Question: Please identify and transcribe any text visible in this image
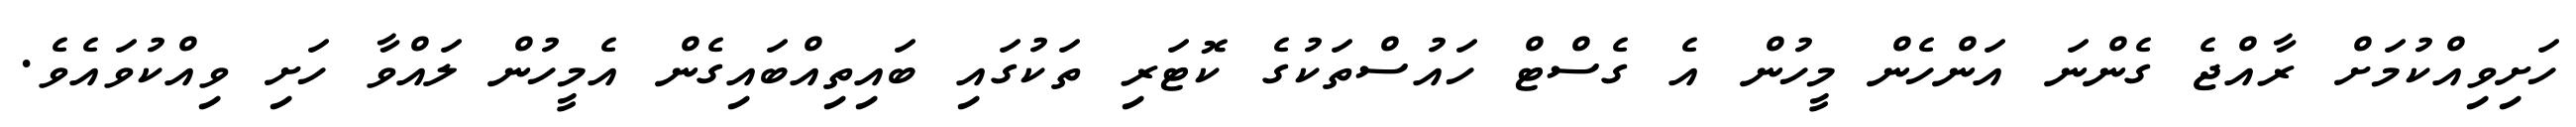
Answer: ހަށިވިއްކުމަށް ރާއްޖެ ގެންނަ އަންހެން މީހުން އެ ގެސްޓް ހައުސްތަކުގެ ކޮޓަރި ތަކުގައި ބައިތިއްބައިގެން އެމީހުން ލައްވާ ހަށި ވިއްކުވައެވެ.